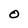
Character: O